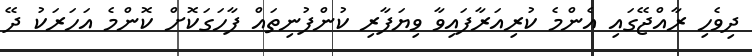
ދިވެހި ރާއްޖޭގައި އެންމެ ކުރިއަރާފައިވާ ވިޔަފާރި ކުންފުނިތައް ފާހަގަކޮށް ކޮންމެ އަހަރަކު ދޭ